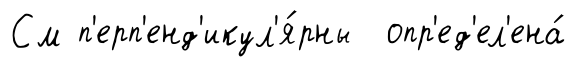
См п'ерп'енд'икул'я́рны опр'ед'ел'ена́